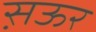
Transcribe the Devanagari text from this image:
स़ऊर